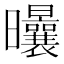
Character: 𣌝